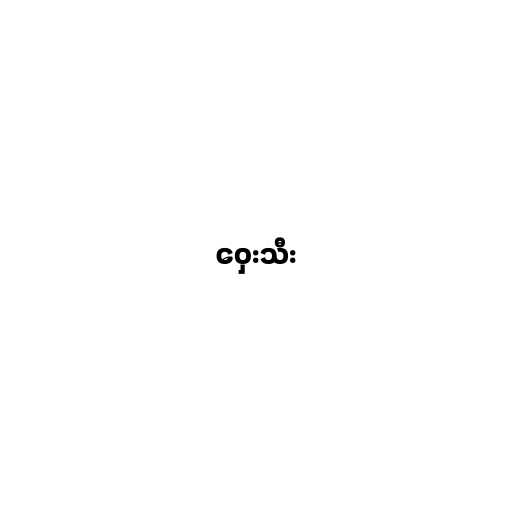
ဝှေးသီး